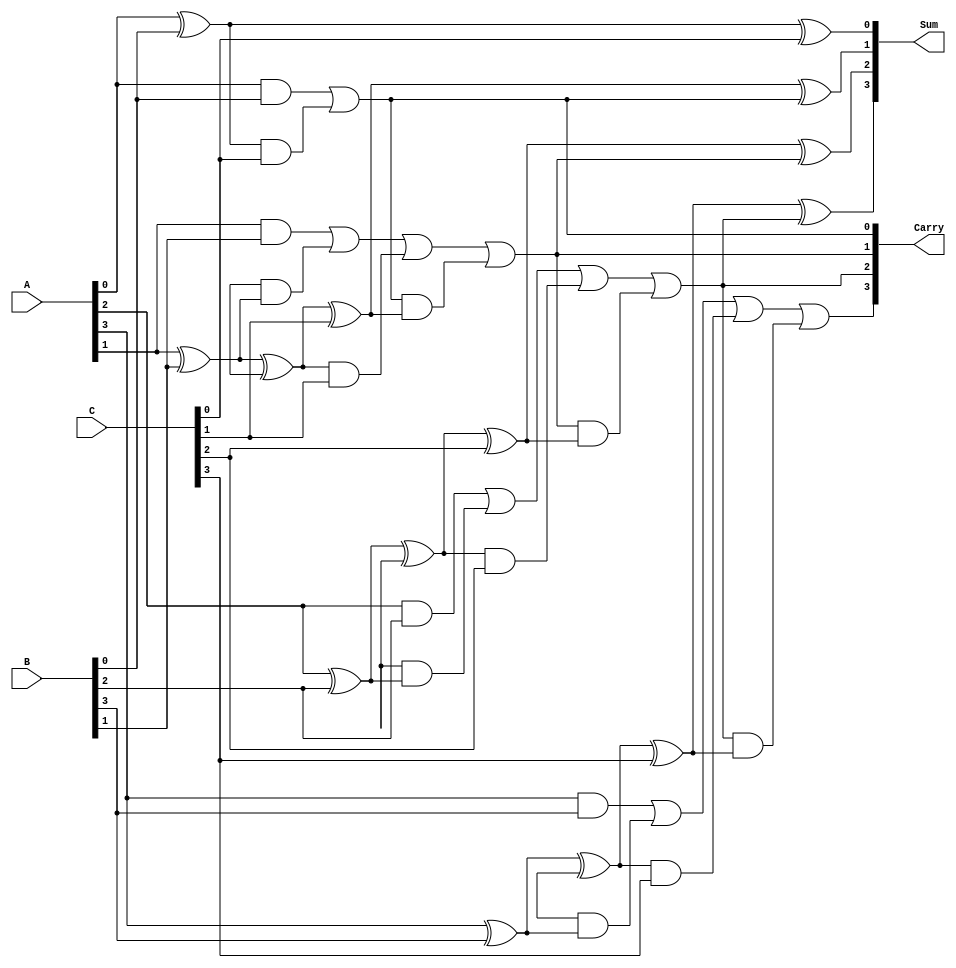
module dynamic_carry_save_adder #(parameter N = 4) (
    input  [N-1:0] A,        // First input
    input  [N-1:0] B,        // Second input
    input  [N-1:0] C,        // Third input (optional, can be extended)
    output [N-1:0] Sum,      // Sum output
    output [N-1:0] Carry      // Carry output
);

    wire [N-1:0] HA_sum;     // Half adder sum
    wire [N-1:0] HA_carry;   // Half adder carry
    wire [N-1:0] FA_sum;     // Full adder sum
    wire [N-1:0] FA_carry;   // Full adder carry
    wire [N-1:0] temp_carry; // Temporary carry wires

    // Half Adder for A and B
    genvar i;
    generate
        for (i = 0; i < N; i = i + 1) begin : half_adder
            if (i == 0) begin
                assign HA_sum[i] = A[i] ^ B[i]; // Sum
                assign HA_carry[i] = A[i] & B[i]; // Carry
            end else begin
                assign HA_sum[i] = A[i] ^ B[i] ^ temp_carry[i-1]; // Sum
                assign HA_carry[i] = (A[i] & B[i]) | (temp_carry[i-1] & (A[i] ^ B[i])); // Carry
            end
        end
    endgenerate

    // Full Adder for the result of Half Adder and C
    generate
        for (i = 0; i < N; i = i + 1) begin : full_adder
            if (i == 0) begin
                assign FA_sum[i] = HA_sum[i] ^ C[i]; // Sum
                assign FA_carry[i] = HA_carry[i] | (HA_sum[i] & C[i]); // Carry
            end else begin
                assign FA_sum[i] = HA_sum[i] ^ C[i] ^ FA_carry[i-1]; // Sum
                assign FA_carry[i] = (HA_carry[i] | (HA_sum[i] & C[i])) | (FA_carry[i-1] & (HA_sum[i] ^ C[i])); // Carry
            end
        end
    endgenerate

    // Final outputs
    assign Sum = FA_sum;
    assign Carry = FA_carry;

endmodule